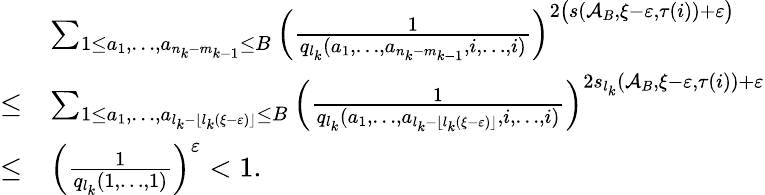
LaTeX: \begin{array}{rl}&{\sum_{1\leq a_{1},\ldots,a_{n_{k}-m_{k-1}}\leq B}\Big(\frac{1}{q_{l_{k}}(a_{1},\ldots,a_{n_{k}-m_{k-1}},i,\ldots,i)}\Big)^{2\big(s(\mathcal{A}_{B},\xi-\varepsilon,\tau(i))+\varepsilon\big)}}\\ {\leq}&{\sum_{1\leq a_{1},\ldots,a_{l_{k}-\lfloor l_{k}(\xi-\varepsilon)\rfloor}\leq B}\Big(\frac{1}{q_{l_{k}}(a_{1},\ldots,a_{l_{k}-\lfloor l_{k}(\xi-\varepsilon)\rfloor},i,\ldots,i)}\Big)^{2s_{l_{k}}(\mathcal{A}_{B},\xi-\varepsilon,\tau(i))+\varepsilon}}\\ {\leq}&{\Big(\frac{1}{q_{l_{k}}(1,\ldots,1)}\Big)^{\varepsilon}<1.}\end{array}